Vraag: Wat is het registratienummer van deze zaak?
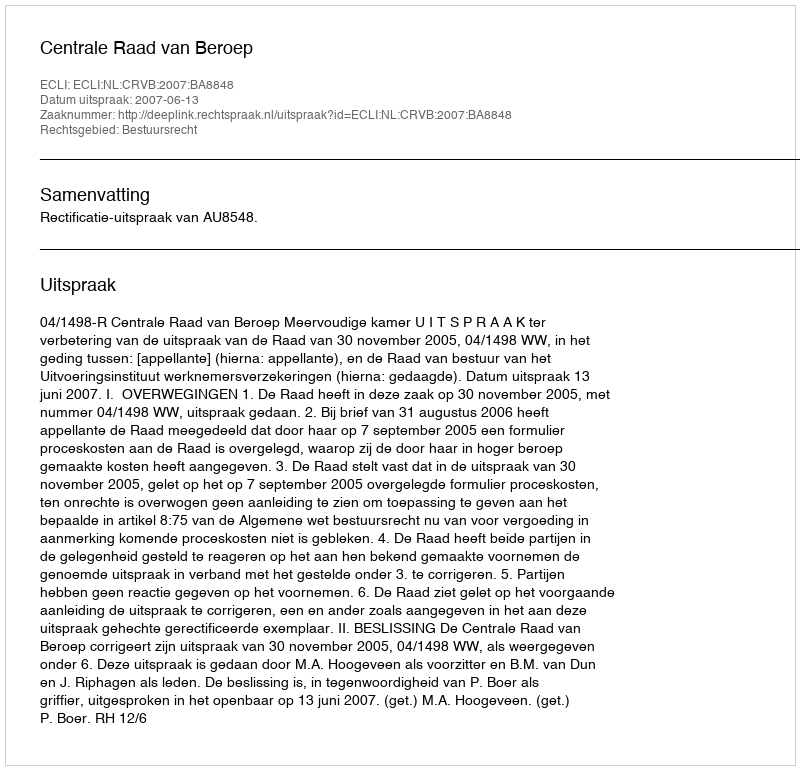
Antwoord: http://deeplink.rechtspraak.nl/uitspraak?id=ECLI:NL:CRVB:2007:BA8848